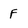
Character: F